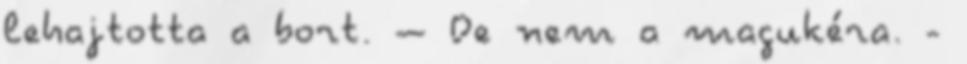
lehajtotta a bort. – De nem a magukéra. -